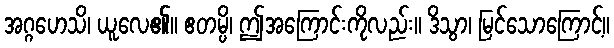
အဂ္ဂဟေသိ၊ ယူလေ၏။ ဧတမ္ပိ၊ ဤအကြောင်းကိုလည်း။ ဒိသွာ၊ မြင်သောကြောင့်။